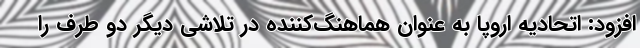
افزود: اتحادیه اروپا به عنوان هماهنگ‌کننده در تلاشی دیگر دو طرف را